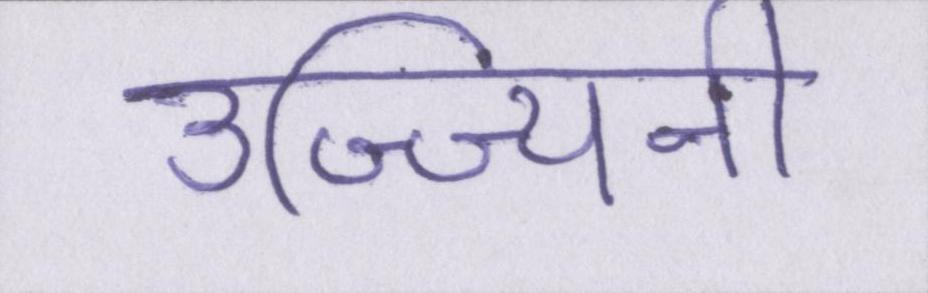
उज्ज्यिनी